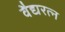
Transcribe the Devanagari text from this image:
वैद्यरत्न